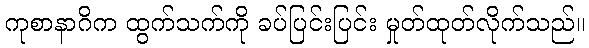
ကုစာနာဂိက ထွက်သက်ကို ခပ်ပြင်းပြင်း မှုတ်ထုတ်လိုက်သည်။